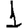
Digit: 1